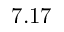
7 . 1 7